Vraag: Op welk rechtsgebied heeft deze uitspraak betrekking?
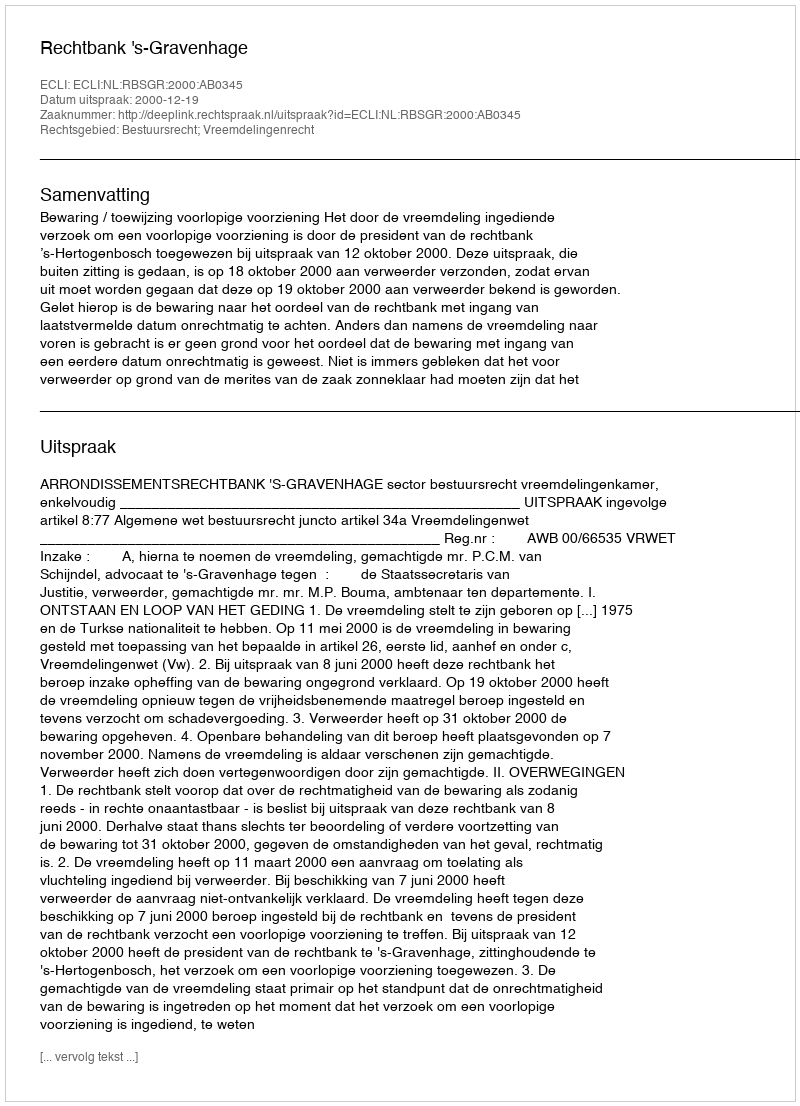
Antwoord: Bestuursrecht; Vreemdelingenrecht